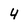
Character: 4